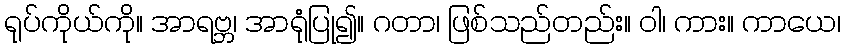
ရုပ်ကိုယ်ကို။ အာရဗ္ဘ၊ အာရုံပြု၍။ ဂတာ၊ ဖြစ်သည်တည်း။ ဝါ၊ ကား။ ကာယေ၊